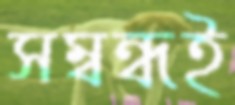
সম্বন্ধই